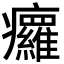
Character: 㿚